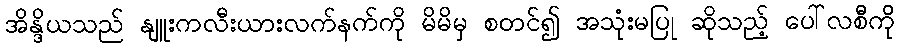
အိန္ဒိယသည် နျူးကလီးယားလက်နက်ကို မိမိမှ စတင်၍ အသုံးမပြု ဆိုသည့် ပေါ်လစီကို